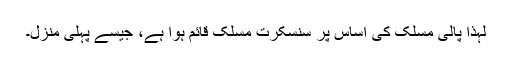
لہٰذا پالی مسلک کی اساس پر سنسکرت مسلک قائم ہوا ہے، جیسے پہلی منزل۔